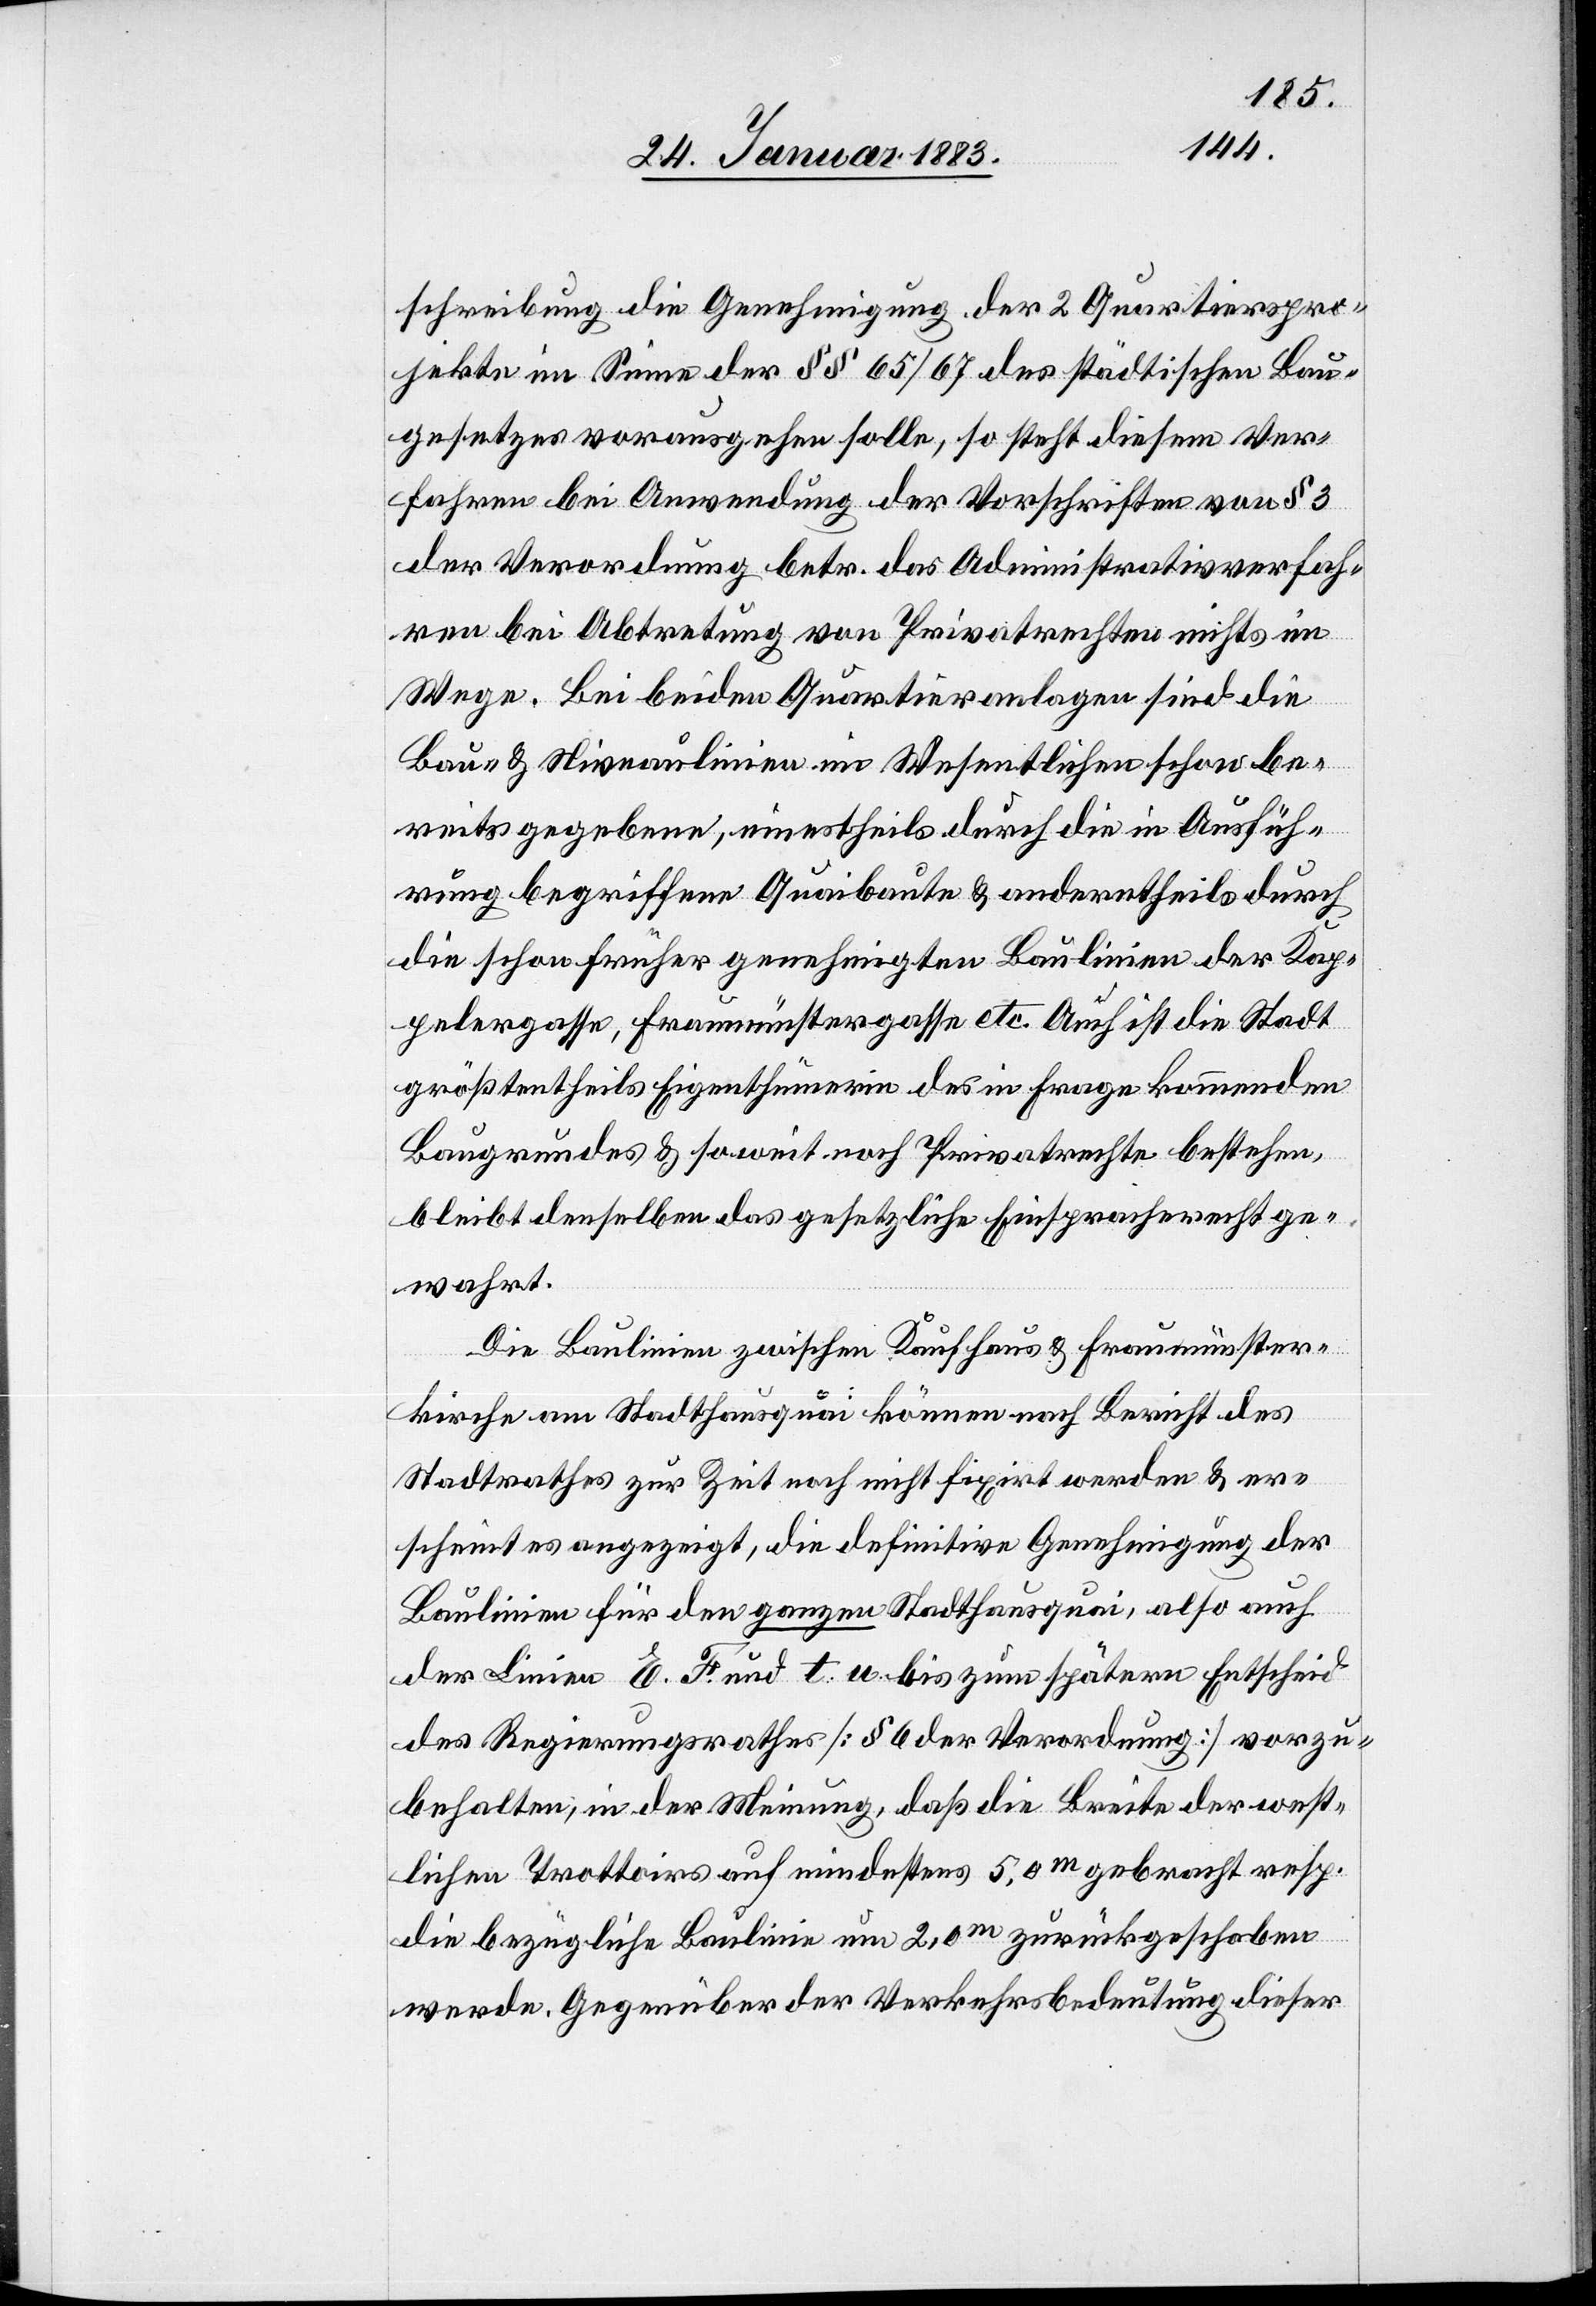
schreibung die Genehmigung der 2 Quartierpro¬
jekte im Sinne der §§ 65/67 des städtischen Bau¬
gesetzes vorausgehen solle, so steht diesem Ver¬
fahren bei Anwendung der Vorschriften von § 3
der Verordnung betr. das Administrativverfah¬
ren bei Abtretung von Privatrechten nichts im
Wege. Bei beiden Quartieranlagen sind die
Bau- & Niveaulinien im Wesentlichen schon be¬
reits gegeben, einestheils durch die in Ausfüh¬
rung begriffene Quaibaute & anderntheils durch
die schon früher genehmigten Baulinien der Kap¬
pelergasse, Fraumünstergasse etc. Auch ist die Stadt
größentheils Eigenthümerin des in Frage kommenden
Baugrundes & soweit noch Privatrechte bestehen,
bleibt denselben das gesetzliche Einspracherecht ge¬
wahrt.
Die Baulinien zwischen Kaufhaus & Fraumünster¬
kirche am Stadthausquai können nach Bericht des
Stadtrathes zur Zeit noch nicht fixirt werden & er¬
scheint es angezeigt, die definitive Genehmigung der
Baulinien für den ganzen Stadthausquai, also auch
der Linien E. F. und t. u. bis zum spätern Entscheid
des Regierungsrathes [§ 6 der Verordnung] vorzu¬
behalten, in der Meinung, daß die Breite der west¬
lichen Trottoirs auf mindestens 5,0 m gebracht resp.
die bezügliche Baulinie um 2,0 m zurückgeschoben
werde. Gegenüber der Verkehrsbedeutung dieser